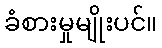
ခံစားမှုမျိုးပင်။